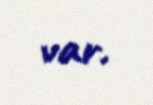
var.